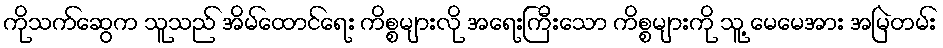
ကိုသက်ဆွေက သူသည် အိမ်ထောင်ရေး ကိစ္စများလို အရေးကြီးသော ကိစ္စများကို သူ့ မေမေအား အမြဲတမ်း